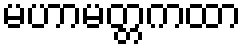
မဟာမတ္တကထာ